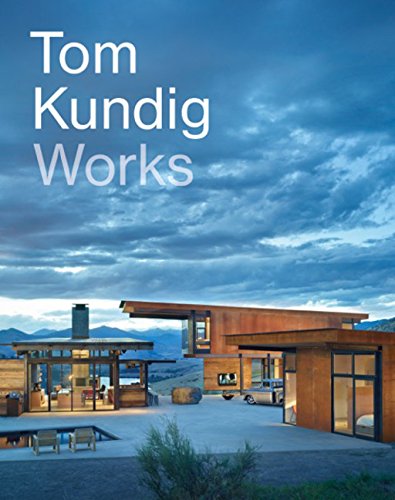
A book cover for Tom Kundig: Works; Tom Kundig; Arts & Photography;